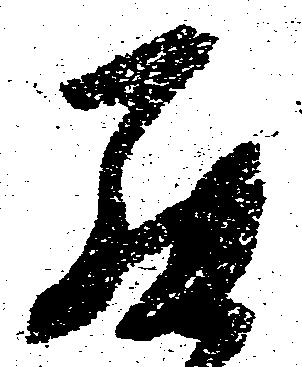
罷